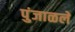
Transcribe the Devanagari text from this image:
पुंजाळले